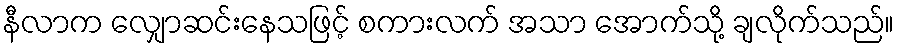
နီလာက လျှောဆင်းနေသဖြင့် စကားလက် အသာ အောက်သို့ ချလိုက်သည်။